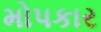
મોપકાર